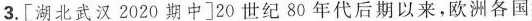
3.[湖北武汉2020期中]20世纪80年代后期以来，欧洲各国